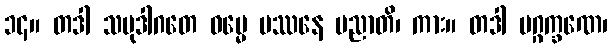
၁၄။ တဒါ သမုဒါဂတေ ဓမ္မေ ပဿနေ ပညာတိ၊ ကား။ တဒါ မဂ္ဂက္ခဏေ၊